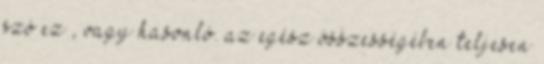
szó ez , vagy hasonló. az egész összességében teljesen